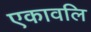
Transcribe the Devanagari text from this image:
एकावलि